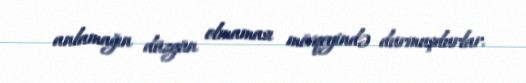
anlamağın düzgün olmaması mövqeyində durmuşdurlar.